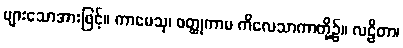
များသောအားဖြင့်။ ကာမေသု၊ ဝတ္ထုကာမ ကိလေသာကာတို့၌။ လဠိတာ၊